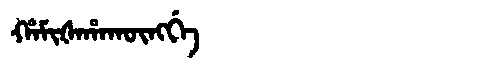
Manchu: ᡥᠠᠮᡳᡧᠠᡥᠠᡴᡡᠩᡤᡝ
Romanization: HAMIŠAHAKŪNGGE